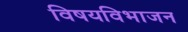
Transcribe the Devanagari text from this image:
विषयविभाजन